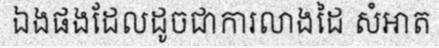
ឯងផងដែលដូចជាការលាងដៃ សំអាត